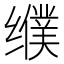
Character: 𰬿